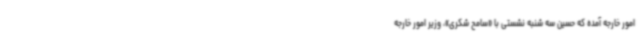
امور خارجه آمده که حسین سه شنبه نشستی با «سامح شکری»، وزیر امور خارجه